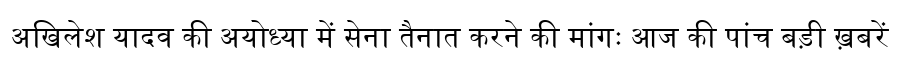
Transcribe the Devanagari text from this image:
अखिलेश यादव की अयोध्या में सेना तैनात करने की मांगः आज की पांच बड़ी ख़बरें